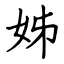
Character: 姊